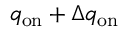
q _ { \mathrm { o n } } + \Delta q _ { \mathrm { o n } }